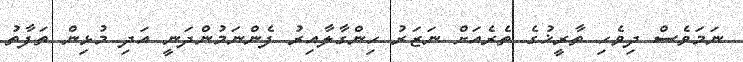
ނަމަވެސް ދިވެހި ތާރީޚުގެ ތެރެއަށް ނަޒަރު ހިންގާލާއިރު ފެންނަމުންދަނީ އަދި މުޅިން ތަފާތު